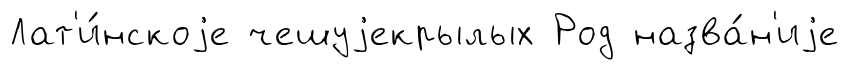
Лат'и́нскоjе чешуjекрылых Род назва́н'иjе